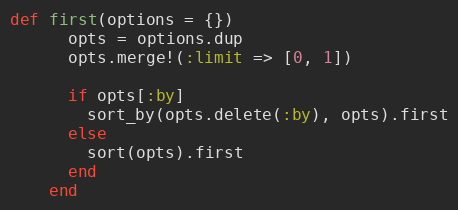
Language: Ruby
def first(options = {})
      opts = options.dup
      opts.merge!(:limit => [0, 1])

      if opts[:by]
        sort_by(opts.delete(:by), opts).first
      else
        sort(opts).first
      end
    end